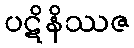
ပဋိနိဿဇ